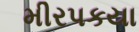
મીરપકયા